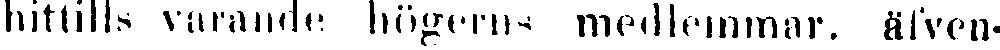
hittills varande högerns medlemmar, äfven-